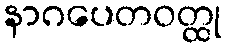
နာဂပေတဝတ္ထု